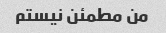
من مطمئن نیستم